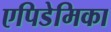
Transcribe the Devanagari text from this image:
एपिडेमिका